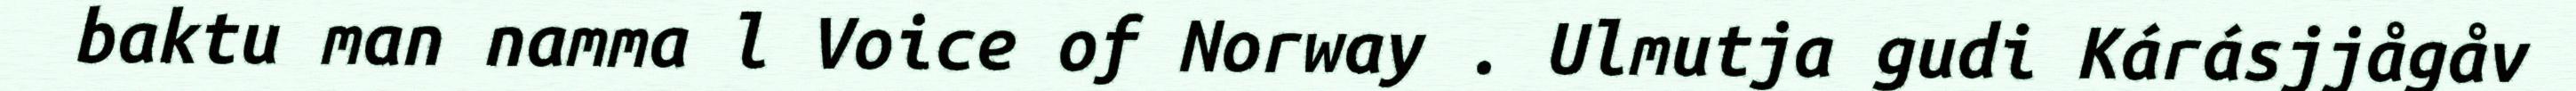
baktu man namma l Voice of Norway . Ulmutja gudi Kárásjjågåv